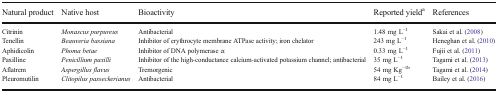
<table><thead><tr><td><b>Natural product</b></td><td><b>Native host</b></td><td><b>Bioactivity</b></td><td><b>Reported yield<sup>a</sup></b></td><td><b>References</b></td></tr></thead><tbody><tr><td>Citrinin</td><td><i>Monascus purpureus</i></td><td>Antibacterial</td><td>1.48 mg L<sup>−1</sup></td><td>Sakai et al. (2008)</td></tr><tr><td>Tenellin</td><td><i>Beauveria bassiana</i></td><td>Inhibitor of erythrocyte membrane ATPase activity; iron chelator</td><td>243 mg L<sup>−1</sup></td><td>Heneghan et al. (2010)</td></tr><tr><td>Aphidicolin</td><td><i>Phoma betae</i></td><td>Inhibitor of DNA polymerase α</td><td>0.33 mg L<sup>−1</sup></td><td>Fujii et al. (2011)</td></tr><tr><td>Paxilline</td><td><i>Penicillium paxilli</i></td><td>Inhibitor of the high-conductance calcium-activated potassium channel; antibacterial</td><td>35 mg L<sup>−1</sup></td><td>Tagami et al. (2013)</td></tr><tr><td>Aflatrem</td><td><i>Aspergillus flavus</i></td><td>Tremorgenic</td><td>54 mg Kg<sup>−1b</sup></td><td>Tagami et al. (2014)</td></tr><tr><td>Pleuromutilin</td><td><i>Clitopilus passeckerianus</i></td><td>Antibacterial</td><td>84 mg L<sup>−1</sup></td><td>Bailey et al. (2016)</td></tr></tbody></table>